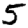
Digit: 5